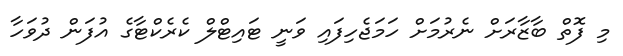
މި ފޮތް ބާޒާރަށް ނެރުމަށް ހަމަޖެހިފައި ވަނީ ޓައިޓްލް ކެރެކްޓާގެ އުފަން ދުވަހާ